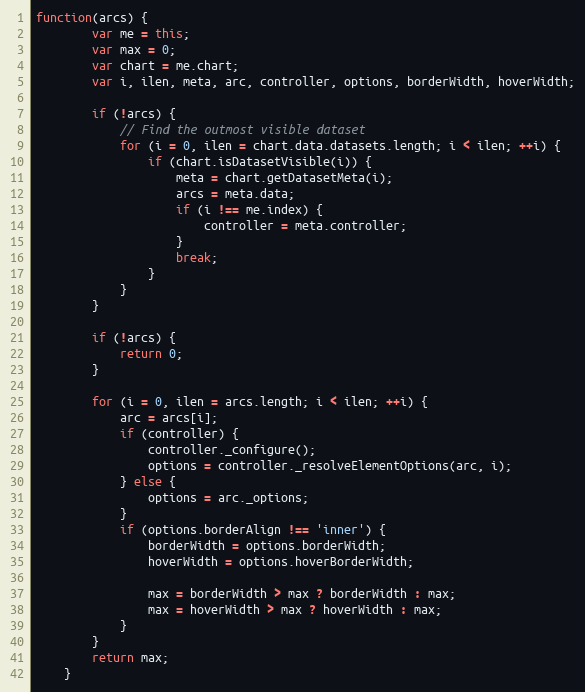
Language: JavaScript
function(arcs) {
		var me = this;
		var max = 0;
		var chart = me.chart;
		var i, ilen, meta, arc, controller, options, borderWidth, hoverWidth;

		if (!arcs) {
			// Find the outmost visible dataset
			for (i = 0, ilen = chart.data.datasets.length; i < ilen; ++i) {
				if (chart.isDatasetVisible(i)) {
					meta = chart.getDatasetMeta(i);
					arcs = meta.data;
					if (i !== me.index) {
						controller = meta.controller;
					}
					break;
				}
			}
		}

		if (!arcs) {
			return 0;
		}

		for (i = 0, ilen = arcs.length; i < ilen; ++i) {
			arc = arcs[i];
			if (controller) {
				controller._configure();
				options = controller._resolveElementOptions(arc, i);
			} else {
				options = arc._options;
			}
			if (options.borderAlign !== 'inner') {
				borderWidth = options.borderWidth;
				hoverWidth = options.hoverBorderWidth;

				max = borderWidth > max ? borderWidth : max;
				max = hoverWidth > max ? hoverWidth : max;
			}
		}
		return max;
	}